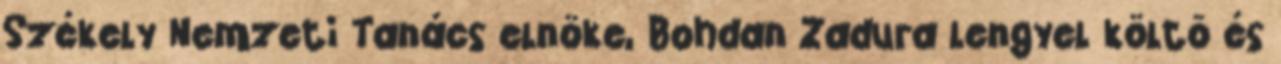
Székely Nemzeti Tanács elnöke, Bohdan Zadura lengyel költõ és